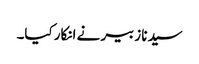
سیدنا زبیر نے انکار کیا۔